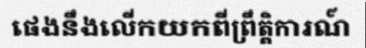
ផេងនឹងលើកយកពីព្រឹត្តិការណ៍